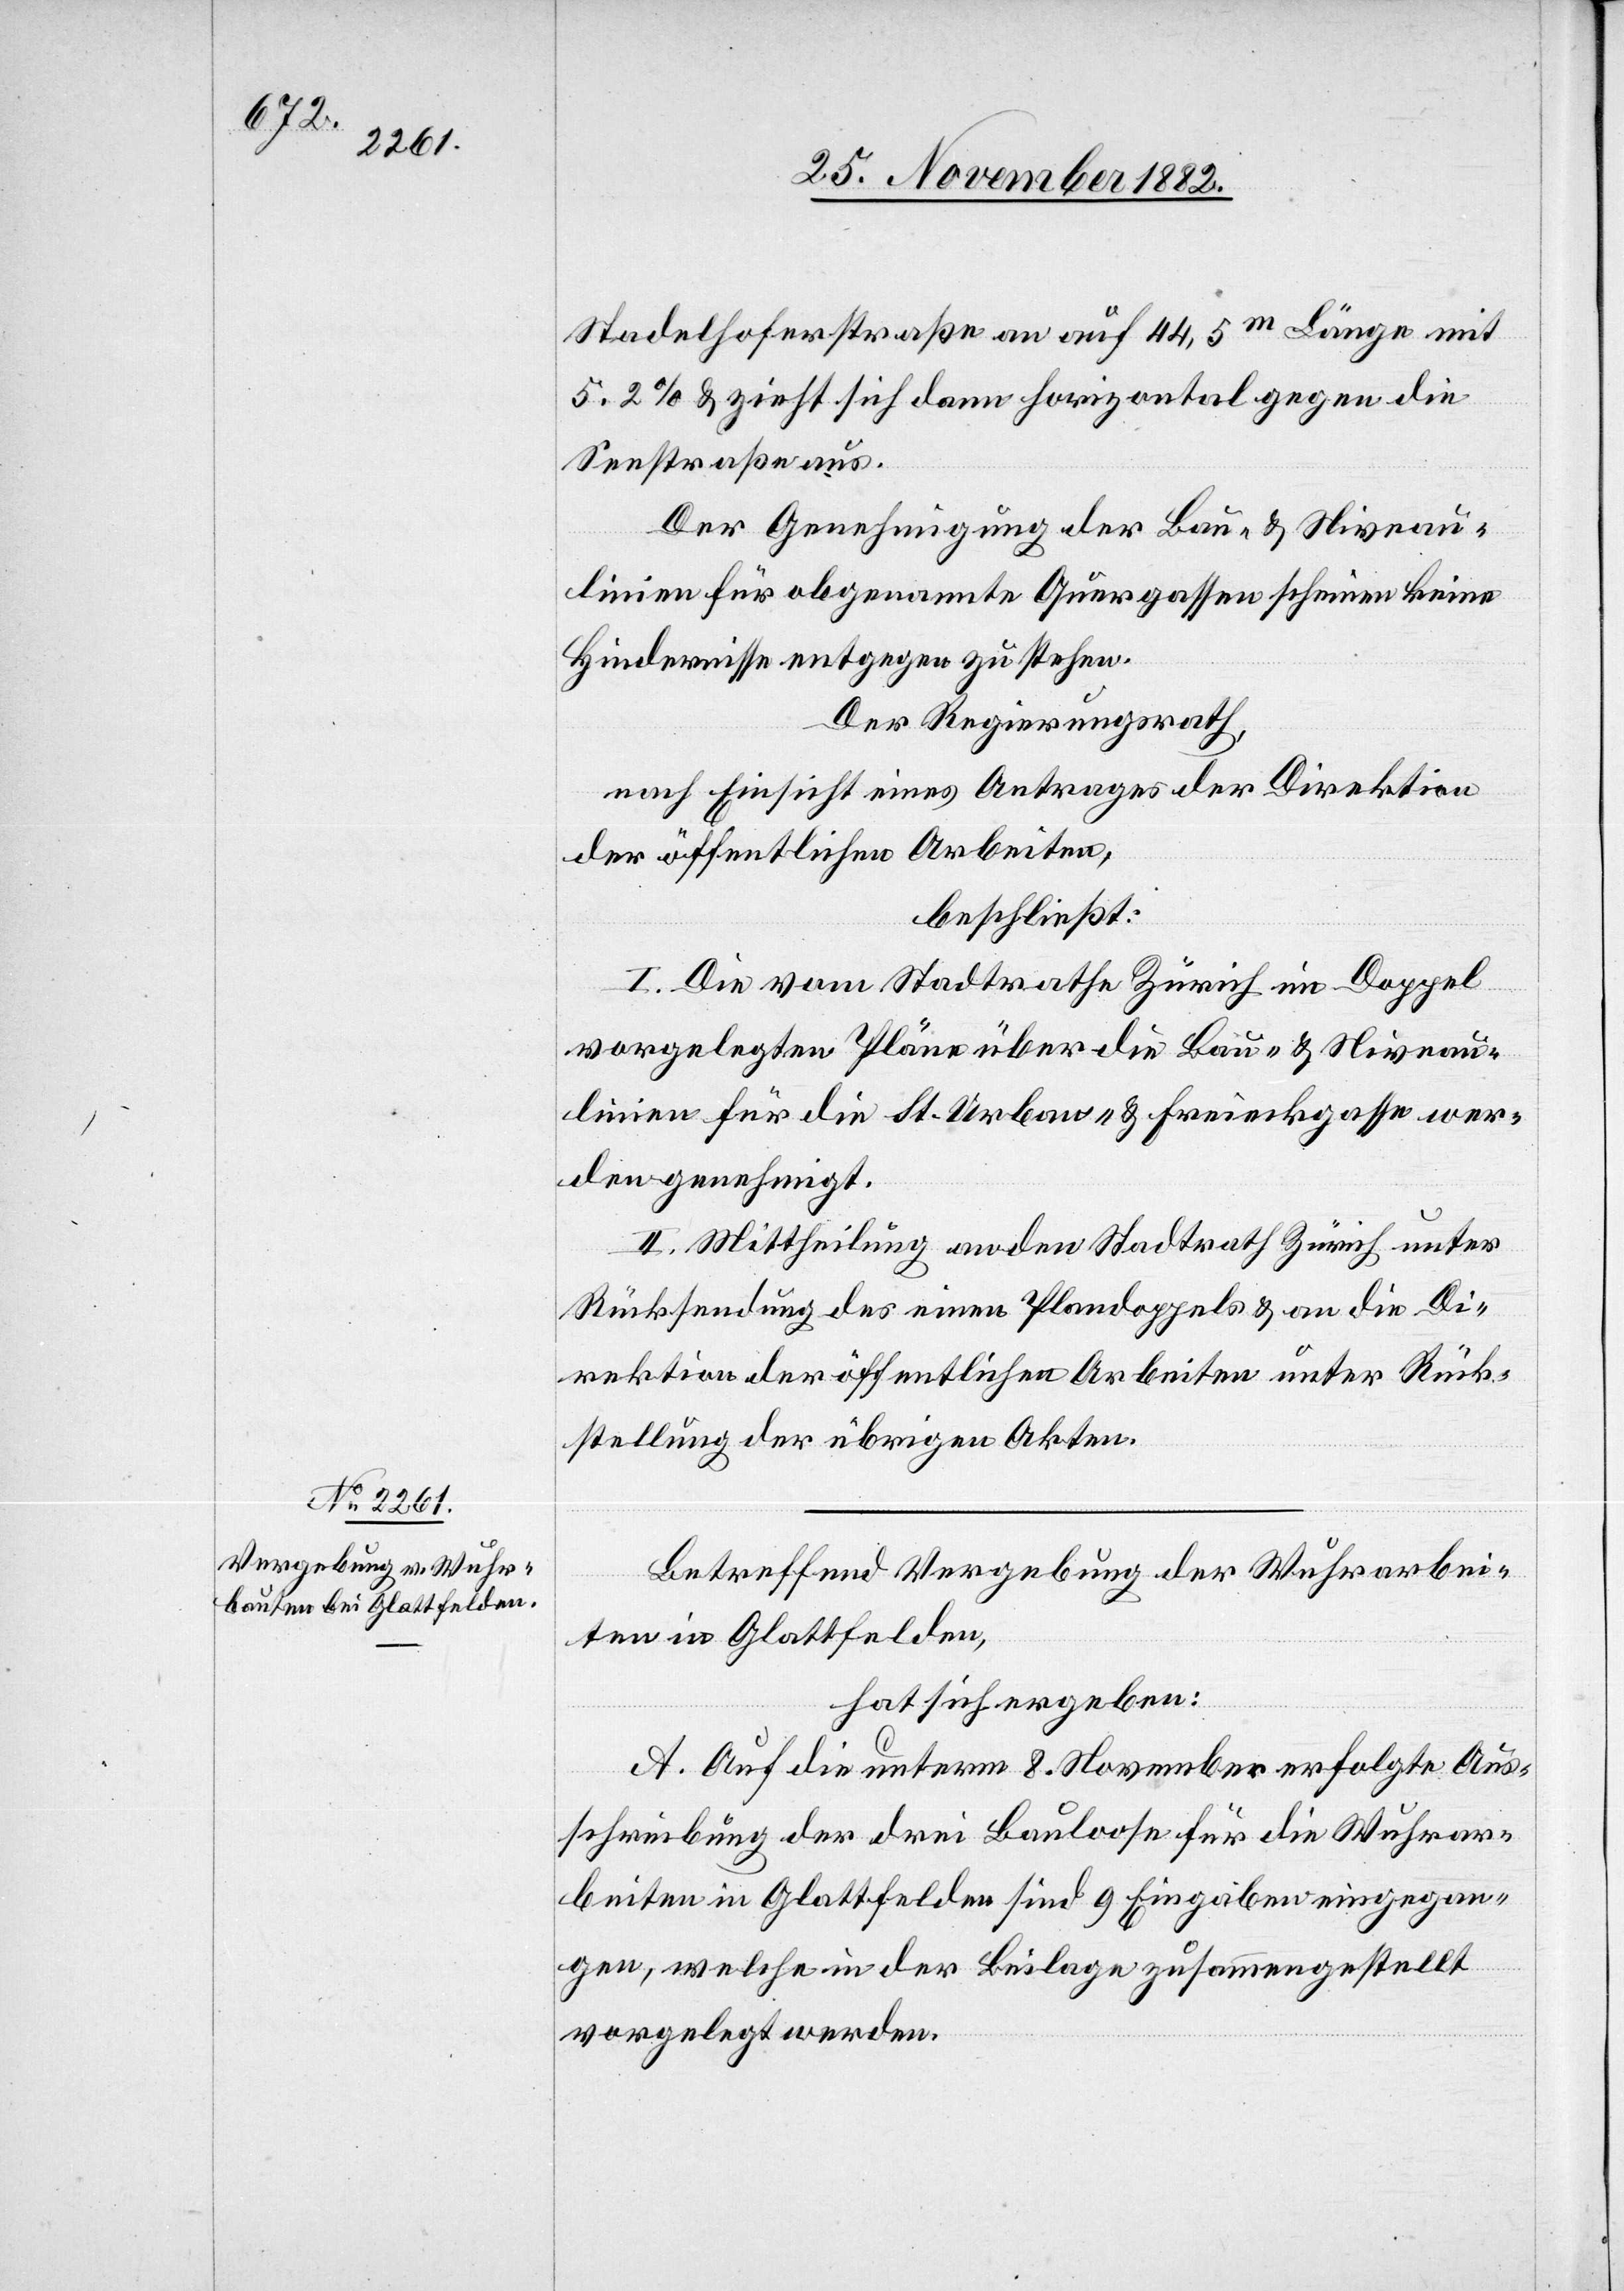
Stadelhoferstraße an auf 44,5m Länge mit
5,2% & zieht sich dann horizontal gegen die
Seestraße aus.
Der Genehmigung der Bau- & Niveau¬
linien für obgenannte Quergassen scheinen keine
Hindernisse entgegen zu stehen.
Der Regierungsrath,
nach Einsicht eines Antrages der Direktion
der öffentlichen Arbeiten,
beschließt:
I. Die vom Stadtrathe Zürich im Doppel
vorgelegten Pläne über die Bau- & Niveau¬
linien für die St. Urban- & Freieckgasse wer¬
den genehmigt.
II. Mittheilung an den Stadtrath Zürich unter
Rücksendung des einen Plandoppels & an die Di¬
rektion der öffentlichen Arbeiten unter Rück¬
stellung der übrigen Akten.
Betreffend Vergebung der Wuhrarbei¬
ten in Glattfelden,
hat sich ergeben:
A. Auf die unterm 8. November erfolgte Aus¬
schreibung der drei Bauloose für die Wuhrar¬
beiten in Glattfelden sind 9 Eingaben eingegan¬
gen, welche in der Beilage zusammengestellt
vorgelegt werden.